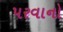
પરવાનો